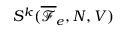
S ^ { k } ( \overline { \mathcal { F } } _ { e } , N , V )